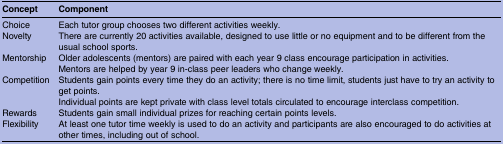
<table><thead><tr><td><b>Concept</b></td><td><b>Component</b></td></tr></thead><tbody><tr><td>Choice</td><td>Each tutor group chooses two different activities weekly.</td></tr><tr><td>Novelty</td><td>There are currently 20 activities available, designed to use little or no equipment and to be different from the usual school sports.</td></tr><tr><td>Mentorship</td><td>Older adolescents (mentors) are paired with each year 9 class encourage participation in activities.Mentors are helped by year 9 in-class peer leaders who change weekly.</td></tr><tr><td>Competition</td><td>Students gain points every time they do an activity; there is no time limit, students just have to try an activity to get points.Individual points are kept private with class level totals circulated to encourage interclass competition.</td></tr><tr><td>Rewards</td><td>Students gain small individual prizes for reaching certain points levels.</td></tr><tr><td>Flexibility</td><td>At least one tutor time weekly is used to do an activity and participants are also encouraged to do activities at other times, including out of school.</td></tr></tbody></table>